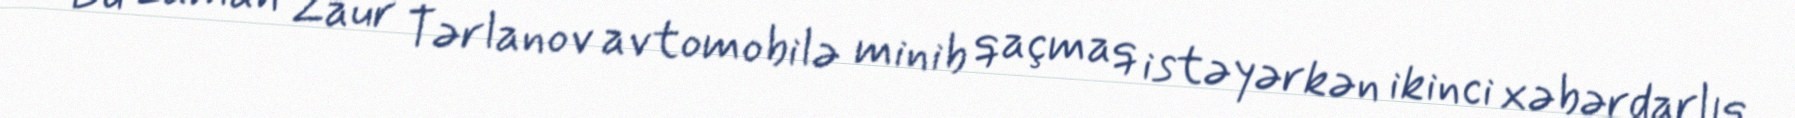
Bu zaman Zaur Tərlanov avtomobilə minib qaçmaq istəyərkən ikinci xəbərdarlıq